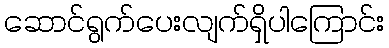
ဆောင်ရွက်ပေးလျက်ရှိပါကြောင်း